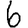
Digit: 6